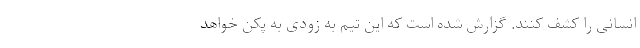
انسانی را کشف کنند. گزارش شده است که این تیم به زودی به پکن خواهد